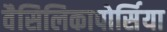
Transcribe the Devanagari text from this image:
वैसिलिकापोर्सिया